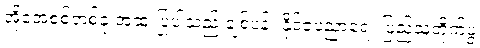
အိုအေစစ်တစ်ခု အထူးပြုပါသည် ချစ်ပန်း နိုင်ငံ့ပညာရေး ပြည်သူ့တိုက်ပွဲ